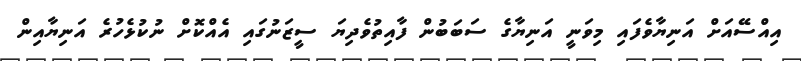
އިއްސޭއަށް އަނިޔާވެފައި މިވަނީ އަނިޔާގެ ސަބަބުން ފާއިތުވެދިޔަ ސީޒަނުގައި އެއްކޮށް ނުކުޅެހުރެ އަނިޔާއިން